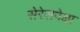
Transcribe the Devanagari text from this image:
सेरेसपेक्षा